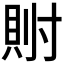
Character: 𫴯